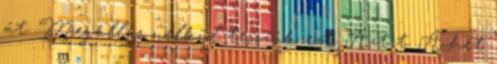
át. Megállás nélkül tesszük ezt. Azt t. A hét